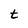
Character: t